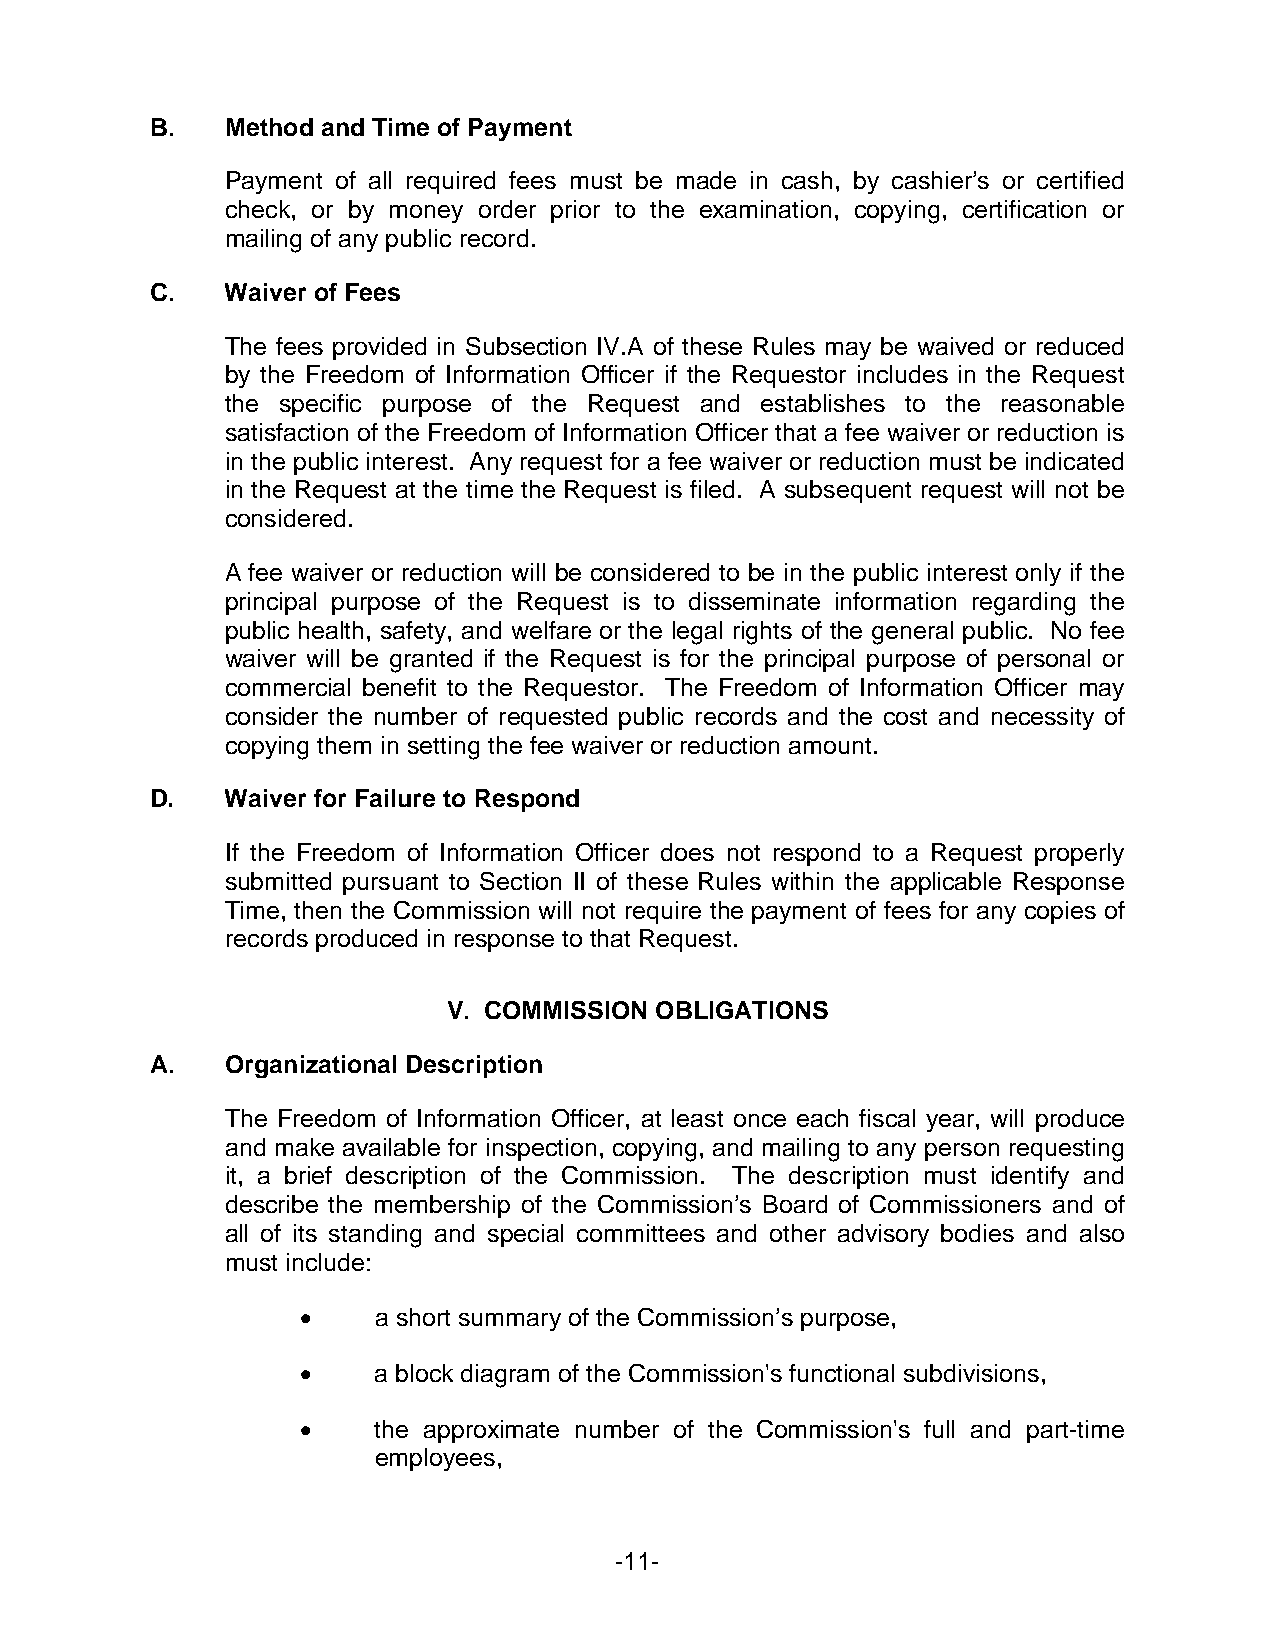
B.   Method and Time of Payment
 Payment of all required fees must be made in cash, by cashier’s or certified
 check, or by money order prior to the examination, copying, certification or
 mailing of any public record.
 C.   Waiver of Fees
 The fees provided in Subsection IV.A of these Rules may be waived or reduced
 by the Freedom of Information Officer if the Requestor includes in the Request
 the specific purpose of the Request and establishes to the reasonable
 satisfaction of the Freedom of Information Officer that a fee waiver or reduction is
 in the public interest. Any request for a fee waiver or reduction must be indicated
 in the Request at the time the Request is filed. A subsequent request will not be
 considered.
 A fee waiver or reduction will be considered to be in the public interest only if the
 principal purpose of the Request is to disseminate information regarding the
 public health, safety, and welfare or the legal rights of the general public. No fee
 waiver will be granted if the Request is for the principal purpose of personal or
 commercial benefit to the Requestor. The Freedom of Information Officer may
 consider the number of requested public records and the cost and necessity of
 copying them in setting the fee waiver or reduction amount.
 D.   Waiver for Failure to Respond
 If the Freedom of Information Officer does not respond to a Request properly
 submitted pursuant to Section II of these Rules within the applicable Response
 Time, then the Commission will not require the payment of fees for any copies of
 records produced in response to that Request.
 V. COMMISSION OBLIGATIONS
 A.   Organizational Description
 The Freedom of Information Officer, at least once each fiscal year, will produce
 and make available for inspection, copying, and mailing to any person requesting
 it, a brief description of the Commission. The description must identify and
 describe the membership of the Commission’s Board of Commissioners and of
 all of its standing and special committees and other advisory bodies and also
 must include:
 •    a short summary of the Commission’s purpose,
 •    a block diagram of the Commission's functional subdivisions,
 •    the approximate number of the Commission's full and part-time
 employees,
 -11-